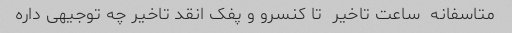
متاسفانه  ساعت تاخیر  تا کنسرو و پفک انقد تاخیر چه توجیهی داره